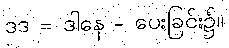
ဒဒ = ဒါနေ - ပေးခြင်း၌။